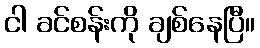
ငါ ခင်စန်းကို ချစ်နေပြီ။